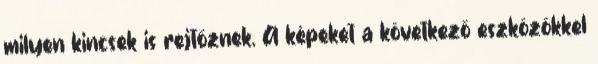
milyen kincsek is rejtőznek. A képeket a következő eszközökkel